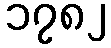
၁၇၈၂